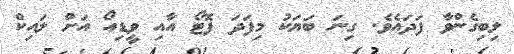
ލިބިގެންވާ ފަދައެވެ. ގިނަ ބަޔަކު މިފަދަ ފޮޓޯ އާއި ވީޑިއޯ އަށް ލައިކް